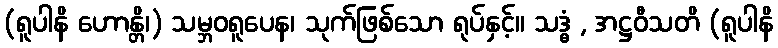
(ရူပါနိ ဟောန္တိ၊) သမ္ဘဝရူပေန၊ သုက်ဖြစ်သော ရုပ်နှင့်။ သဒ္ဓံ , အဋ္ဌဝီသတိ (ရူပါနိ